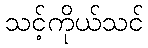
သင့်ကိုယ်သင်